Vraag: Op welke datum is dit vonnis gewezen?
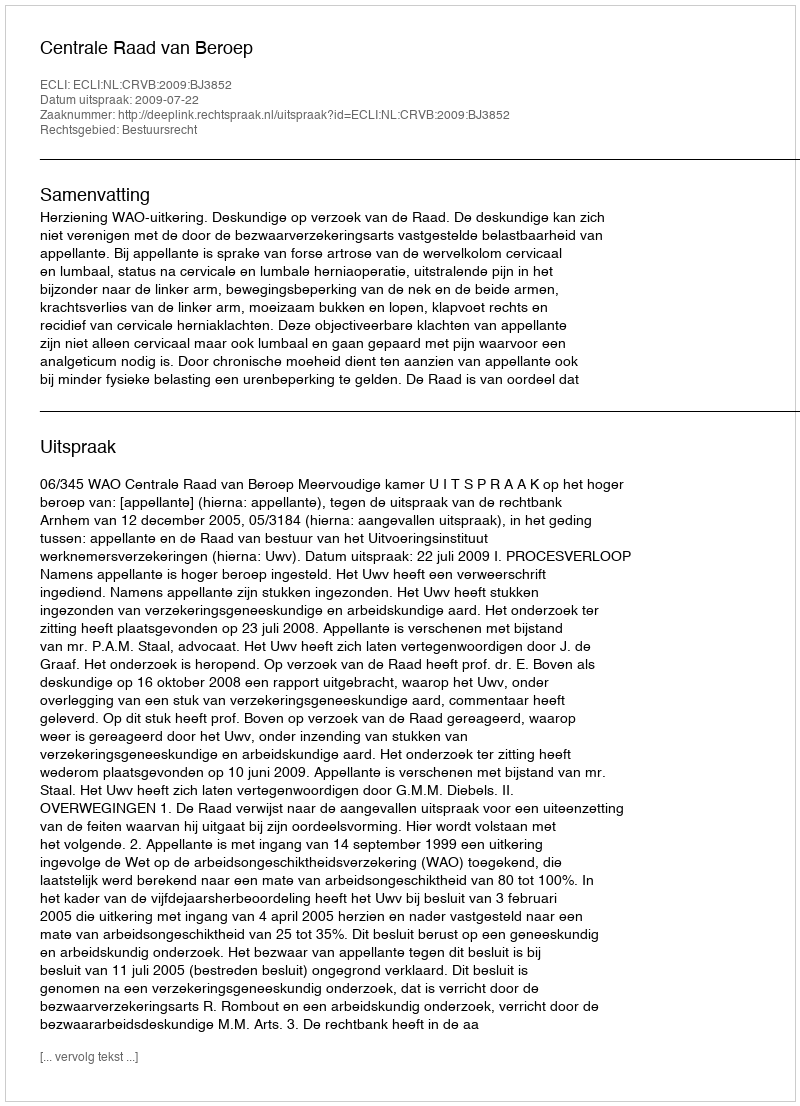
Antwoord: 2009-07-22